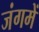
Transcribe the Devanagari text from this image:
जंगमें